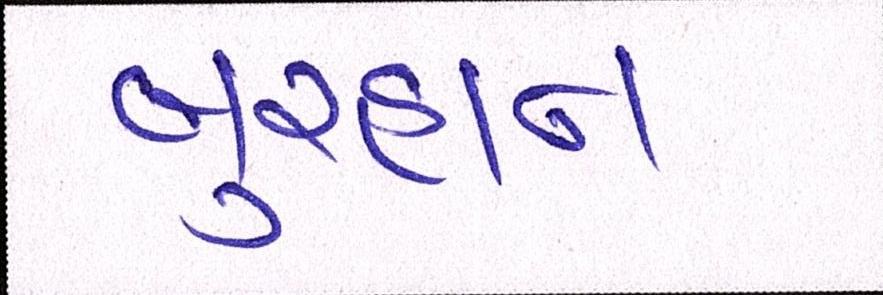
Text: બુરહાન